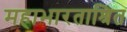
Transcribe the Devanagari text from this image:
महाभारताश्रित